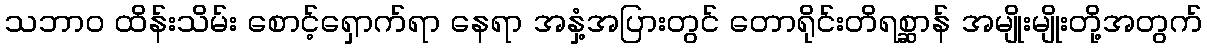
သဘာဝ ထိန်းသိမ်း စောင့်ရှောက်ရာ နေရာ အနှံ့အပြားတွင် တောရိုင်းတိရစ္ဆာန် အမျိုးမျိုးတို့အတွက်